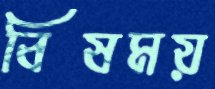
বিষময়